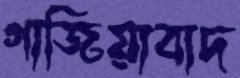
গাজিয়াবাদ